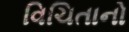
વિચિતાનો